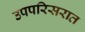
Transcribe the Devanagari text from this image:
उपपरिसरात